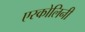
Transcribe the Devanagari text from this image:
एस्कोलिनी